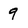
Character: 9